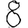
Digit: 8